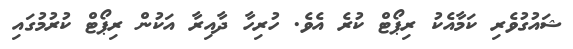
ޝައުގުވެރި ކަމާއެކު ރިޕޯޓް ކުރެ އެވެ. ހުރިހާ ދާއިރާ އަކުން ރިޕޯޓް ކުރުމުގައި